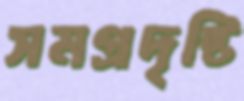
সমগ্রদৃষ্টি